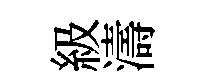
級濤